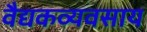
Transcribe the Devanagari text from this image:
वैद्यकव्यवसाय